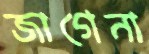
জাগেনা